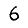
Digit: 6